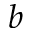
b